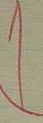
1